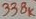
Text: 338K